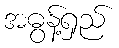
အဓွန့်ရှည်